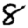
Digit: 8